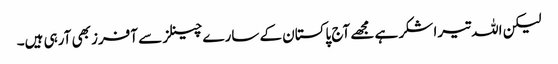
لیکن اللہ تیرا شکر ہے مجھے آج پاکستان کے سارے چینلز سے آفرز بھی آرہی ہیں۔